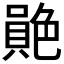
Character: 𦫮